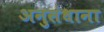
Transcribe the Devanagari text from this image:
अनुसंधाना